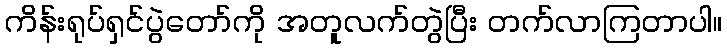
ကိန်းရုပ်ရှင်ပွဲတော်ကို အတူလက်တွဲပြီး တက်လာကြတာပါ။